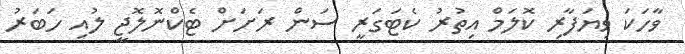
ވާހަކަ ވިޔަފާރި ކޮލަމް އިތުރު ކެޓަގަރީ ސަން ރަށަށް ޓެކްނޮލޮޖީ ލުއި ހަބަރު